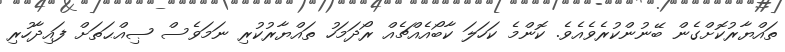
ތައްޔާރުކޮށްގެން ބޭނުންކުރެވެއެވެ. ކޮންމެ ކަހަލަ ކާބޯއެއްޗެއް ރޯދަމަހު ތައްޔާރުކުރި ނަމަވެސް ޞިއްޙަތަށް ފައިދާހުރި